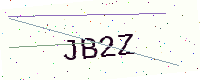
Text: JB2Z